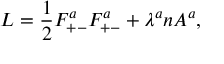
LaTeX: L = { \frac { 1 } { 2 } } F _ { + - } ^ { a } F _ { + - } ^ { a } + \lambda ^ { a } n A ^ { a } ,